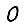
Digit: 0